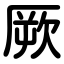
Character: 厥